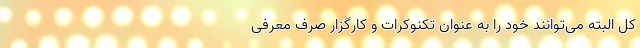
کل البته می‌توانند خود را به عنوان تکنوکرات و کارگزارِ صِرف معرفی